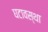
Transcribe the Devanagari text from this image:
घटावस्था